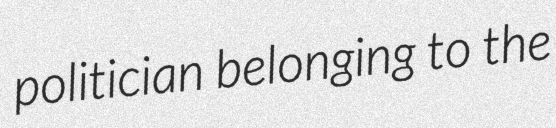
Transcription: politician belonging to the